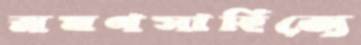
ভ্রমণসাহিত্যে